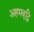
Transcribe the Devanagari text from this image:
अहमबूद्धि